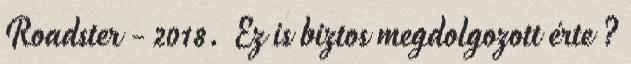
Roadster - 2018. Ez is biztos megdolgozott érte ?